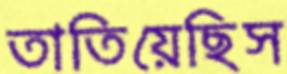
তাতিয়েছিস